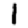
Digit: 1